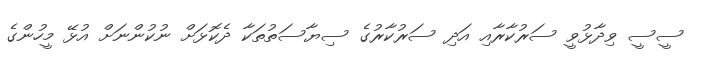
ސީސީ ވިދާޅުވީ ސަރުކާރާއި އަދި ސަރުކާރުގެ ސިޔާސަތުތަކާ ދެކޮޅަށް ނުކުންނަށް އުޅޭ މީހުންގެ